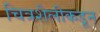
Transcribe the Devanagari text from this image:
चित्रशैलीकडून